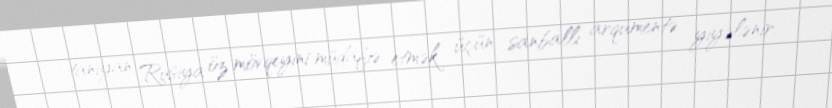
tanıyan Rusiya öz mövqeyini müdafiə etmək üçün sanballı arqumentə yiyələnir.